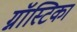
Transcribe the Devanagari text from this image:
ग्नॉस्टिका